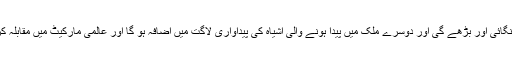
کیونکہ اس طرح ایک تو مہنگائی اور بڑھے گی اور دوسرے ملک میں پیدا ہونے والی اشیاہ کی پیداواری لاگت میں اضافہ ہو گا اور عالمی مارکیٹ میں مقابلہ کرنا مزید مشکل ہو جائے گا۔